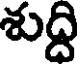
శుద్ది